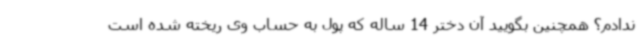
ندادم؟ همچنین بگویید آن دختر 14 ساله که پول به حساب وی ریخته شده است